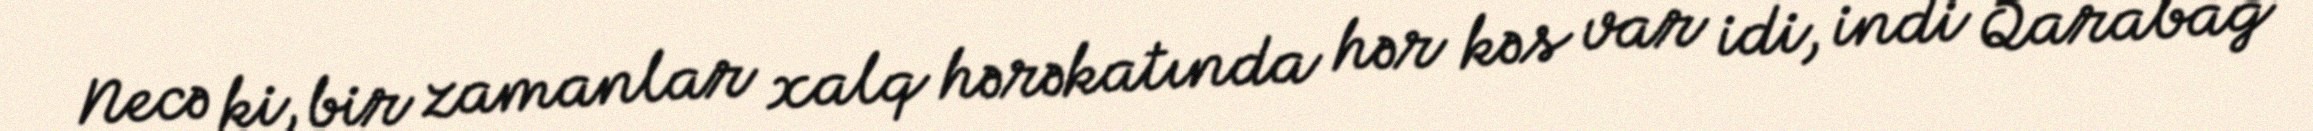
Necə ki, bir zamanlar xalq hərəkatında hər kəs var idi, indi Qarabağ